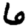
Digit: 6